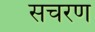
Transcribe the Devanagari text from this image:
सचरण